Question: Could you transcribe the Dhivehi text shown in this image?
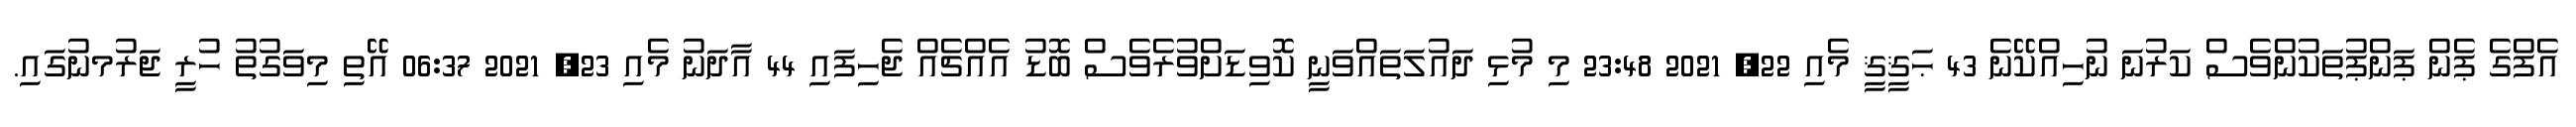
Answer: އެފްގެ ޕެން ޕަންޕުތަކުންވެސް ކަރުނަ ނުހިއްކޭނެ 43 ޙަޤީޤީ މެއި 22, 2021 23:48 މި މުޅި ދައުލަތައްވަނީ ކޮވިޑަށްވުރެވެސް ބޮޑު އެއްޗެއް ޖެހިފައި 44 އާދަނު މެއި 23, 2021 06:37 އޭތި މިވަގުތު ހުރީ ޖަރުމނުގައި.